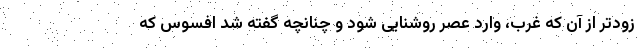
زودتر از آن که غرب، وارد عصر روشنایی شود و چنانچه گفته شد افسوس که